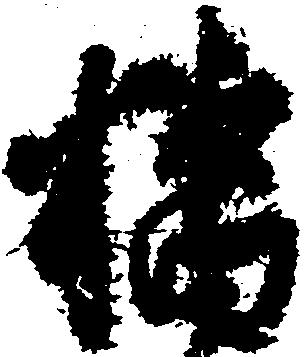
橘